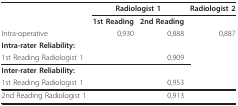
<table><thead><tr><td></td><td colspan="2"><b>Radiologist 1</b></td><td><b>Radiologist 2</b></td></tr><tr><td></td><td><b>1st Reading</b></td><td><b>2nd Reading</b></td><td></td></tr><tr><td><b>Intra-operative</b></td><td><b>0,930</b></td><td><b>0,888</b></td><td><b>0,887</b></td></tr><tr><td><b>Intra-rater Reliability:</b></td><td></td><td></td><td></td></tr><tr><td><b>1st Reading Radiologist 1</b></td><td></td><td><b>0,909</b></td><td></td></tr><tr><td><b>Inter-rater Reliability:</b></td><td></td><td></td><td></td></tr><tr><td><b>1st Reading Radiologist 1</b></td><td></td><td><b>0,953</b></td><td></td></tr></thead><tbody><tr><td>2nd Reading Radiologist 1</td><td></td><td>0,913</td><td></td></tr></tbody></table>